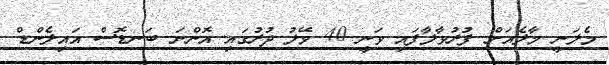
މެލަނީ މާލެއަށް ފުރުވާލާފައި ވަނީ 40 މޭލު ދުރުގައި އޮންނަ ބަނޑޮސް އައިލެންޑް